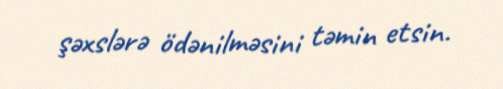
şəxslərə ödənilməsini təmin etsin.